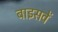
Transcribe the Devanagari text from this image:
बाइसवें